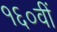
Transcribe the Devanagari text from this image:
१६०वीं